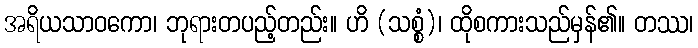
အရိယသာဝကော၊ ဘုရားတပည့်တည်း။ ဟိ (သစ္စံ)၊ ထိုစကားသည်မှန်၏။ တဿ၊